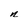
Character: n